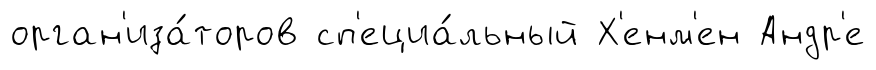
орган'иза́торов сп'ециа́льный Х'енм'ен Андр'е